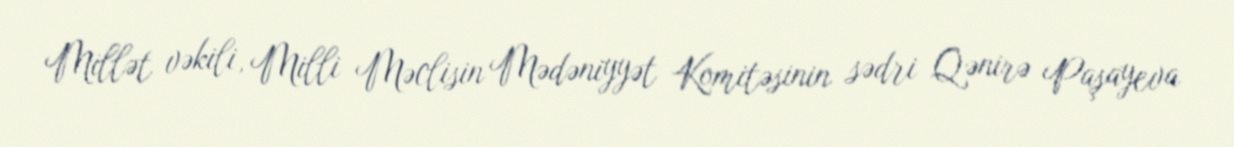
Millət vəkili, Milli Məclisin Mədəniyyət Komitəsinin sədri Qənirə Paşayeva